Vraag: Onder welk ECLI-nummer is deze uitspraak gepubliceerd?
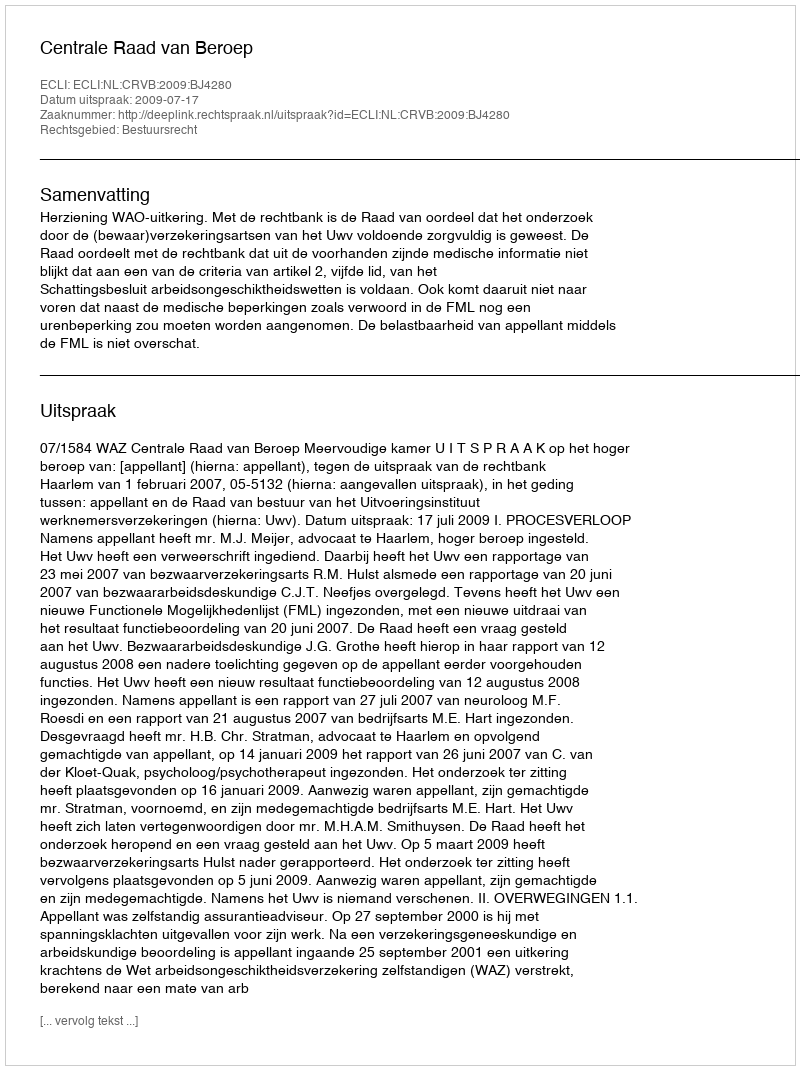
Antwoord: ECLI:NL:CRVB:2009:BJ4280